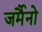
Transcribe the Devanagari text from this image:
जर्मैनो